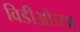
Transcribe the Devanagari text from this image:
विडीओच्या